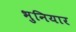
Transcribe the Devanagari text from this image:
भुनियार